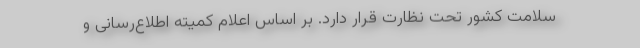
سلامت کشور تحت نظارت قرار دارد. بر اساس اعلام کمیته اطلاع‌رسانی و